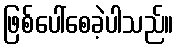
ဖြစ်ပေါ်စေခဲ့ပါသည်။